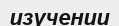
изучении